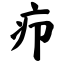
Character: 疖